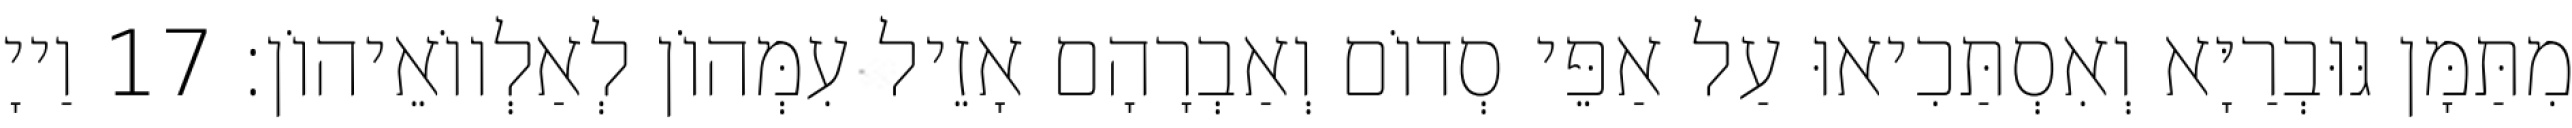
מִתַּמָּן גּוּבְרַיָּא וְאִסְתַּכִיאוּ עַל אַפֵּי סְדוֹם וְאַבְרָהָם אָזֵיל עִמְּהוֹן לְאַלְווֹאֵיהוֹן׃ 17 וַייָ